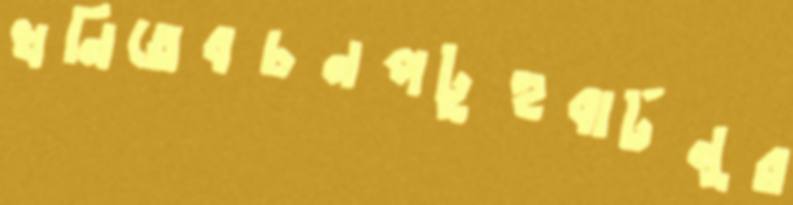
খনিতেবচনপটুহুবার্টনুর